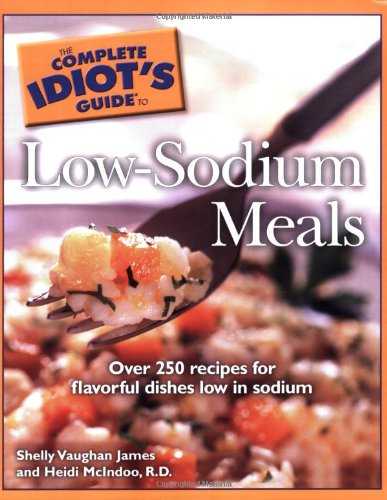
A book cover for The Complete Idiot's Guide to Low Sodium Meals; Shelly Vaughan James; Cookbooks, Food & Wine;